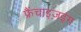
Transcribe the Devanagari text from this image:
फ्रैंचाइज़इंग